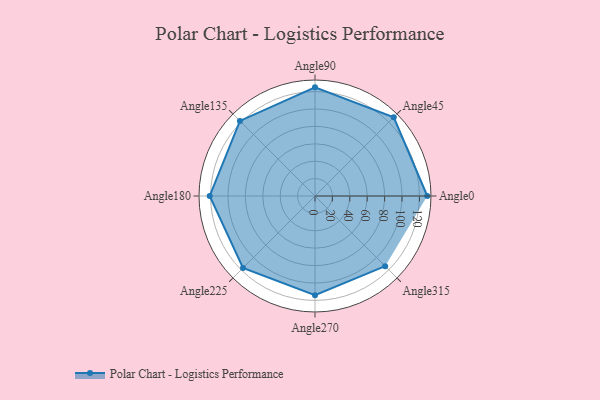
{"axis": {"x": "Angle", "y": "Radius"}, "legend": [""], "data": [{"x": "Angle0", "y": 129.0, "type": ""}, {"x": "Angle45", "y": 128.0, "type": ""}, {"x": "Angle90", "y": 125.0, "type": ""}, {"x": "Angle135", "y": 122.0, "type": ""}, {"x": "Angle180", "y": 121.0, "type": ""}, {"x": "Angle225", "y": 117.0, "type": ""}, {"x": "Angle270", "y": 114.0, "type": ""}, {"x": "Angle315", "y": 114.0, "type": ""}]}